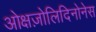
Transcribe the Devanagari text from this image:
ओक्षज़ोलिदिनोनेस